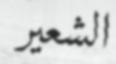
الشعير